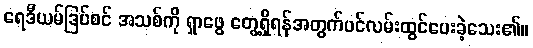
ရေဒီယမ်ဒြပ်စင် အသစ်ကို ရှာဖွေ တွေ့ရှိရန်အတွက်ပင်လမ်းထွင်ပေးခဲ့သေး၏။